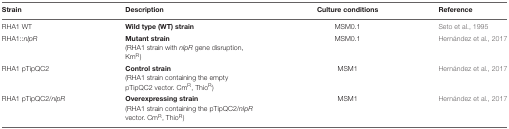
<table><thead><tr><td><b>Strain</b></td><td><b>Description</b></td><td><b>Culture conditions</b></td><td><b>Reference</b></td></tr></thead><tbody><tr><td>RHA1 WT</td><td><b>Wild type (WT) strain</b></td><td>MSM0.1</td><td>Seto et al., 1995</td></tr><tr><td>RHA1::<i>nlpR</i></td><td><b>Mutant strain</b>(RHA1 strain with <i>nlpR</i> gene disruption, Km<sup>R</sup>)</td><td>MSM0.1</td><td>Hernández et al., 2017</td></tr><tr><td>RHA1 pTipQC2</td><td><b>Control strain</b>(RHA1 strain containing the empty pTipQC2 vector. Cm<sup>R</sup>, Thio<sup>R</sup>)</td><td>MSM1</td><td>Hernández et al., 2017</td></tr><tr><td>RHA1 pTipQC2/<i>nlpR</i></td><td><b>Overexpressing strain</b>(RHA1 strain containing the pTipQC2/<i>nlpR</i> vector. Cm<sup>R</sup>, Thio<sup>R</sup>)</td><td>MSM1</td><td>Hernández et al., 2017</td></tr></tbody></table>